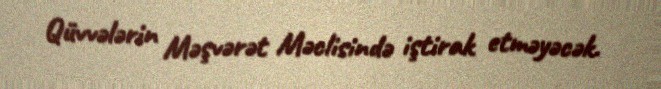
Qüvvələrin Məşvərət Məclisində iştirak etməyəcək.